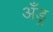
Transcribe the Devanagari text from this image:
अँड्र्